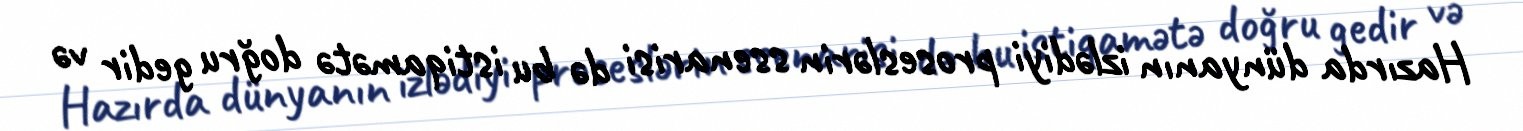
Hazırda dünyanın izlədiyi proseslərin ssenarisi də bu istiqamətə doğru gedir və